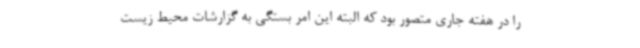
را در هفته جاری متصور بود که البته این امر بستگی به گزارشات محیط زیست